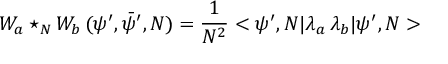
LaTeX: { \cal W } _ { a } \star _ { N } { \cal W } _ { b } \, ( \psi ^ { \prime } , \bar { \psi } ^ { \prime } , N ) = \frac { 1 } { N ^ { 2 } } < \psi ^ { \prime } , N | \lambda _ { a } \, \lambda _ { b } | \psi ^ { \prime } , N >